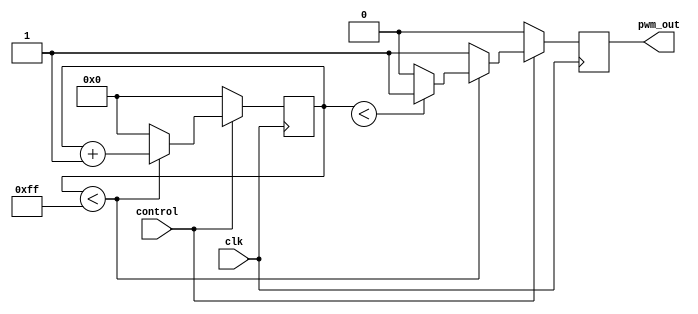
module PWM_Pulse_Generator(
    input wire clk,
    input wire control,
    output reg pwm_out
);

reg [7:0] count;

always @(posedge clk) begin
    if (control) begin
        if (count < 255) begin
            count <= count + 1;
            pwm_out <= (count < duty_cycle) ? 1'b1 : 1'b0;
        end else begin
            count <= 0;
            pwm_out <= 1'b1;
        end
    end else begin
        count <= 0;
        pwm_out <= 1'b0;
    end
end

endmodule